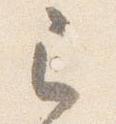
已